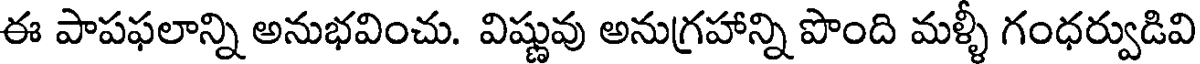
ఈ పాపఫలాన్ని అనుభవించు. విష్ణువు అనుగ్రహాన్ని పొంది మళ్ళీ గంధర్వుడివి